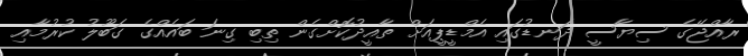
ރާއްޖޭގެ ސިޔާސީ ދަނޑުގައި އެމްޑީޕީއަށް ތާއީދުކޮށްގެން ތިބި ގިނަ ބައެއްގެ ގަބޫލު ކުރުމާއި